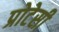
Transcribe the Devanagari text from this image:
प्रोटेसी